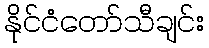
နိုင်ငံတော်သီချင်း